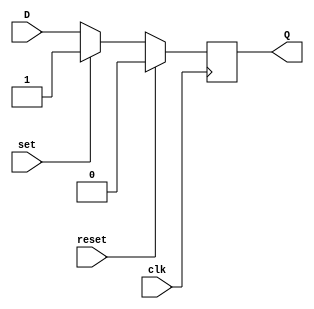
module d_ff_with_reset_set (
    input wire clk,
    input wire reset,
    input wire set,
    input wire D,
    output reg Q
);

always @(posedge clk) begin
    if (reset) begin
        Q <= 1'b0; // Reset the flip-flop to 0
    end else if (set) begin
        Q <= 1'b1; // Set the flip-flop to 1
    end else begin
        Q <= D; // Update the flip-flop state with the input data
    end
end

endmodule